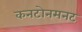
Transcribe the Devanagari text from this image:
कनटोनमनट